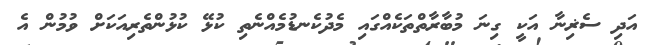
އަދި ސެޜިނާ އަކީ ގިނަ މުބާރާތްތަކެއްގައި މެދުކެނޑުމެއްނެތި ކުޅޭ ކުޅުންތެރިއަކަށް ވުމުން އެ